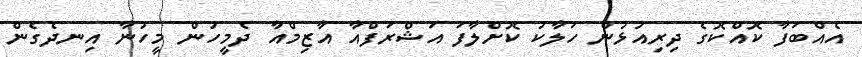
އެއްބަފާ ކޮއްކޮގެ ދިރިއުޅުން ހަލާކު ކޮށްލާފަ އަޝްރަފްއާ އާޒިމްއާ ދެމީހުން މީހުނާ އިނދެގެން